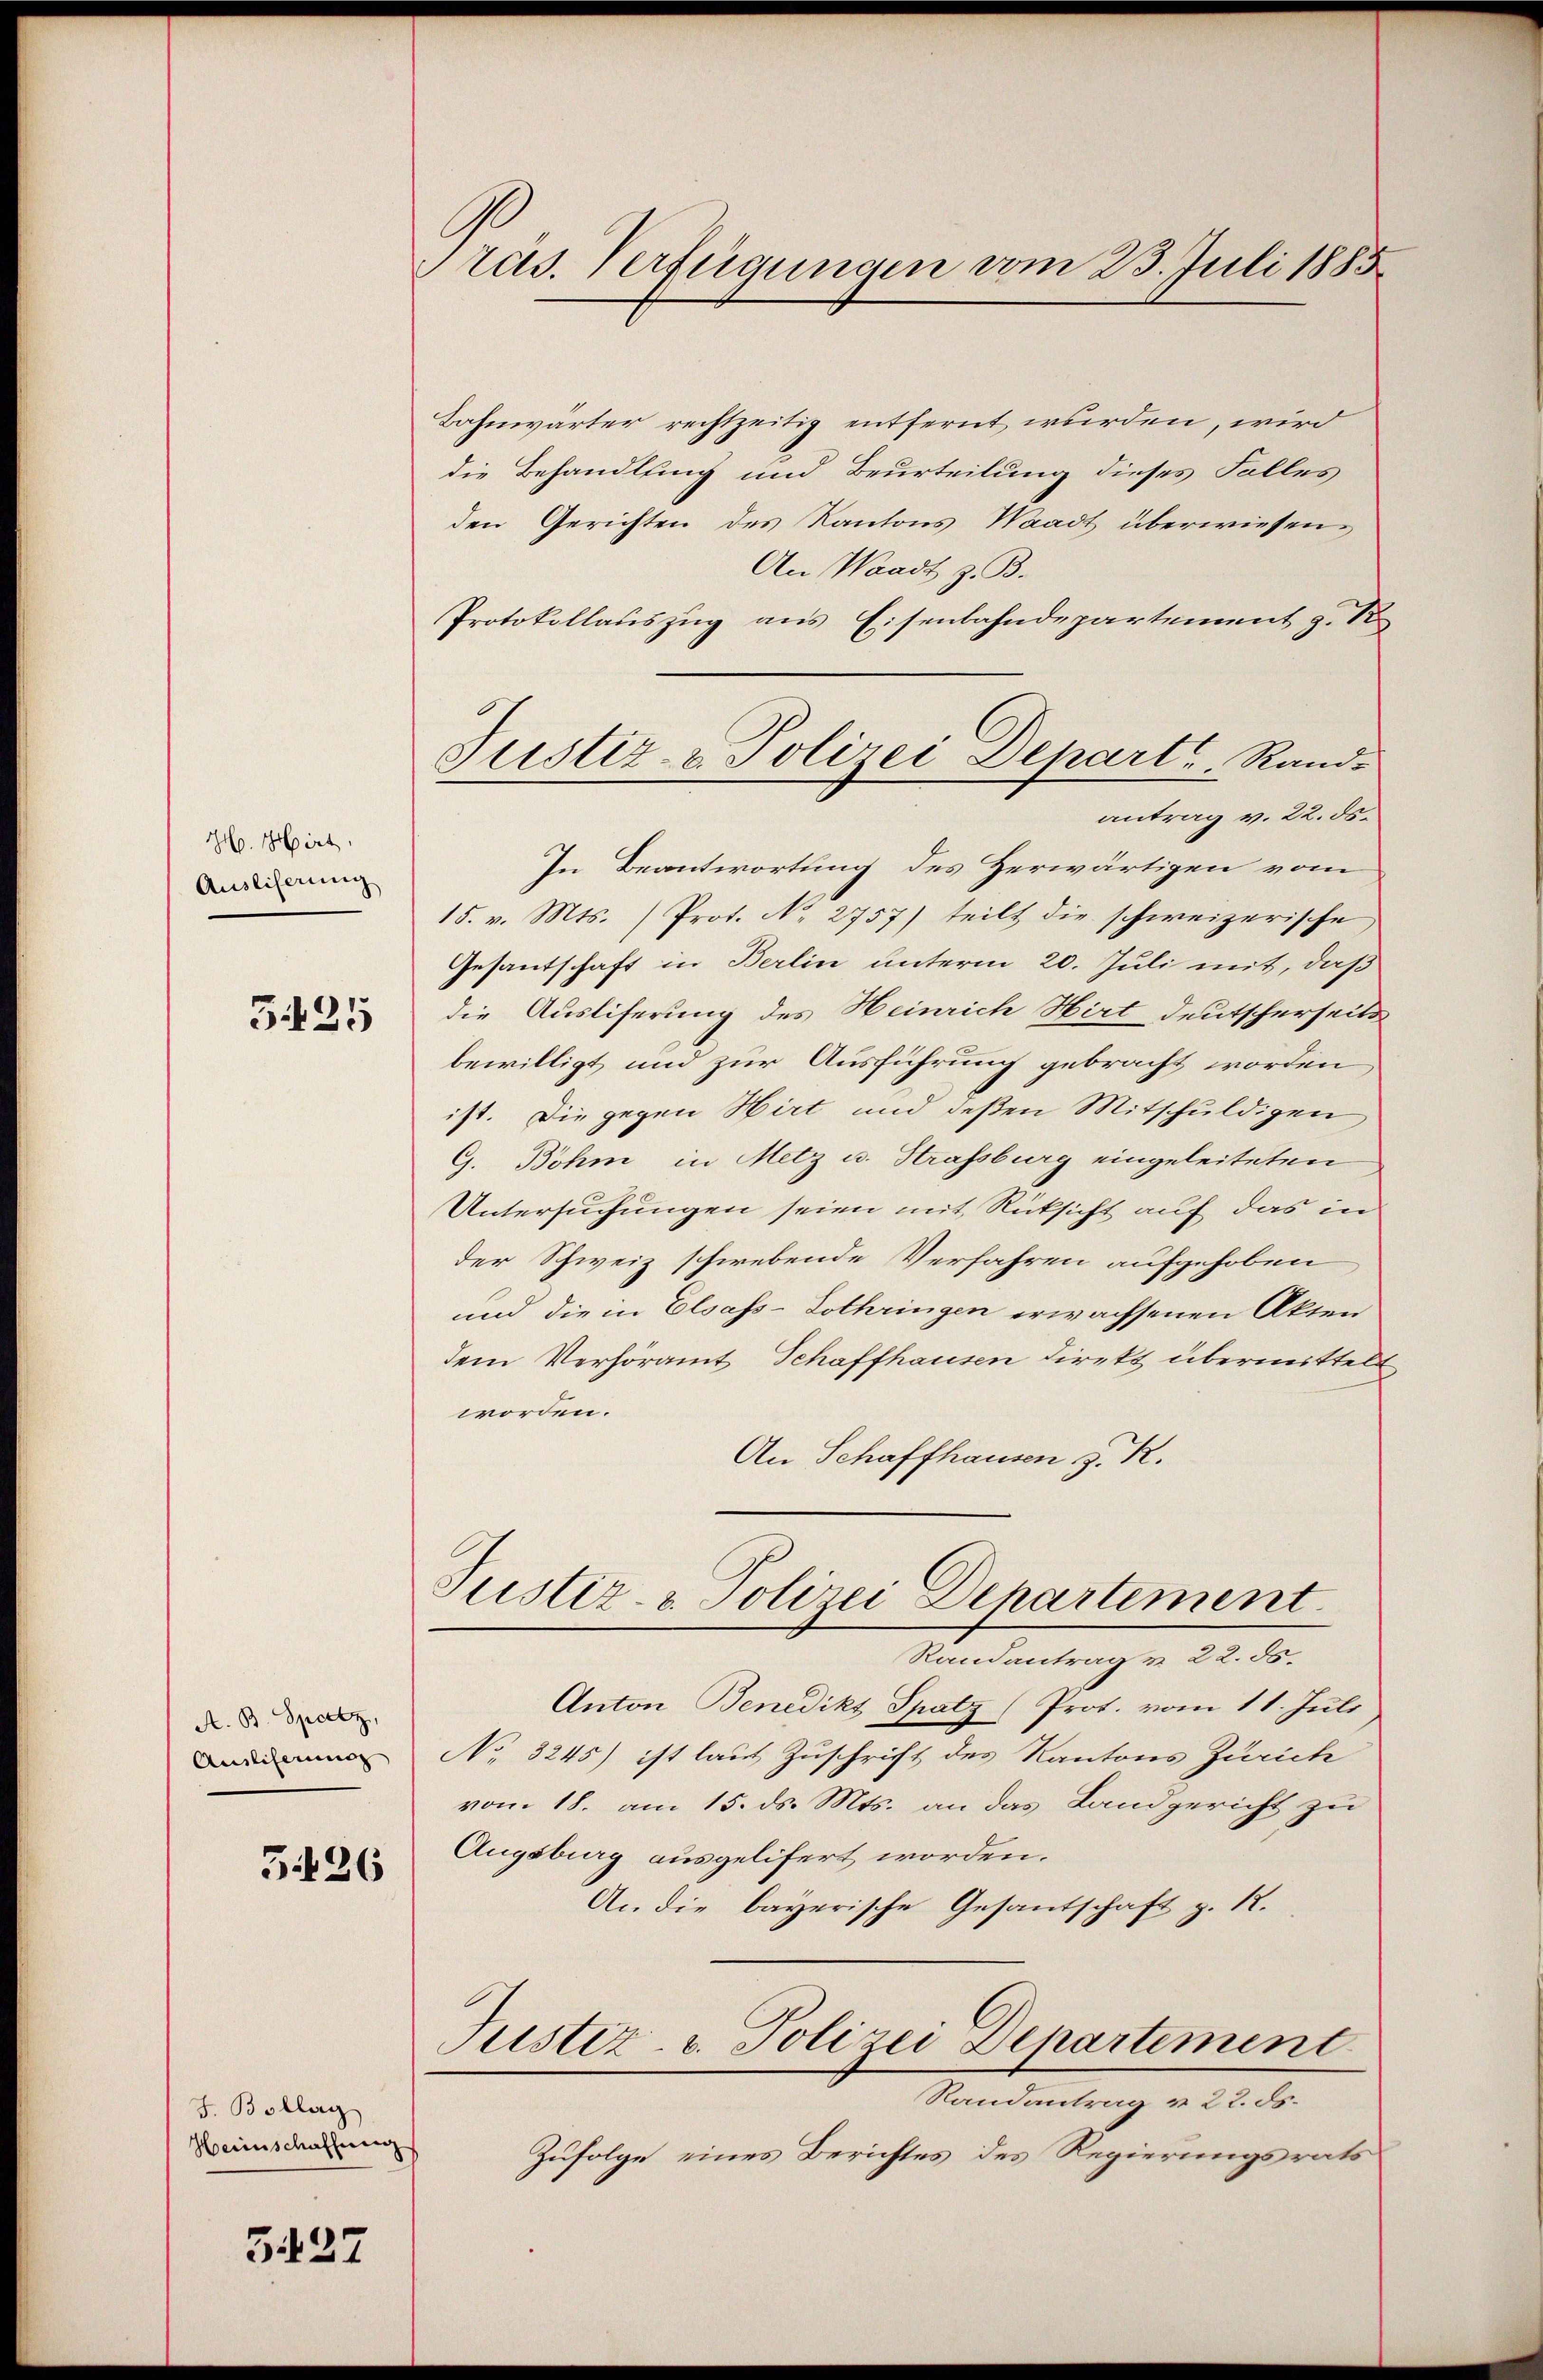
H. Hirt
Ausliserung

3425

A. B. Spatz,
Ausliserung

5426

F. Bollag
Herinschaffung

5427

Präs. Verfügungen vom 23. Juli 1885

Justiz- & Polizei Depart. Rand-

Bahnwärter rechtzeitig entfernt wurden, wird
die Behandlung und Beurteilung dieses Falles
den Gerichten des Kantons Waadt überwiesen¬
An Waadt z. B.
Protokollauszug aus Eisenbahndepartement z. B.
antrag v. 22. ds.
In Beantwortung des Herwärtigen vom
15. v. Mts. ) Prot. N. 2757) teilt die schweizerische
Gesantschaft in Berlin unterm 20. Juli mit, daß
die Ausliferung des Heinrich Hirt deutscherseits
bewilligt und zur Ausführung gebracht worden,
ist. Die gegen Hirt und deßen Mitschuldigen
G. Böhm in Metz u. Strassburg eingeleiteten
Untersuchungen seien mit Rücksicht auf das in
der Schweiz schwebende Verfahren aufgehoben
und die in Elsass-Lothringen erwachsenen Akten
dem Verhöramt Schaffhausen Direkt übermittelt
worden.
An Schaffhausen z. R.
Pustiz- & Polizei Departement.
Randantrag v. 22. ds.
Anton Benedikt Spatz (Prot. vom 11. Juli
No 3245) ist laut Zuschrift des Kantons Zürich
vom 18. am 15. ds. Mts. an das Landgericht zu
Augsburg ausgelifert worden.
An die bayerische Gesantschaft z. R.
Justiz- u. Polizei Departement
Randantrag v. 22. ds.
Zufolge eines Berichtes des Regierungsrats